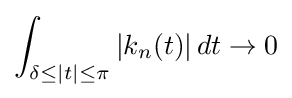
\int _{\delta \leq |t|\leq \pi }|k_{n}(t)|\,dt\to 0